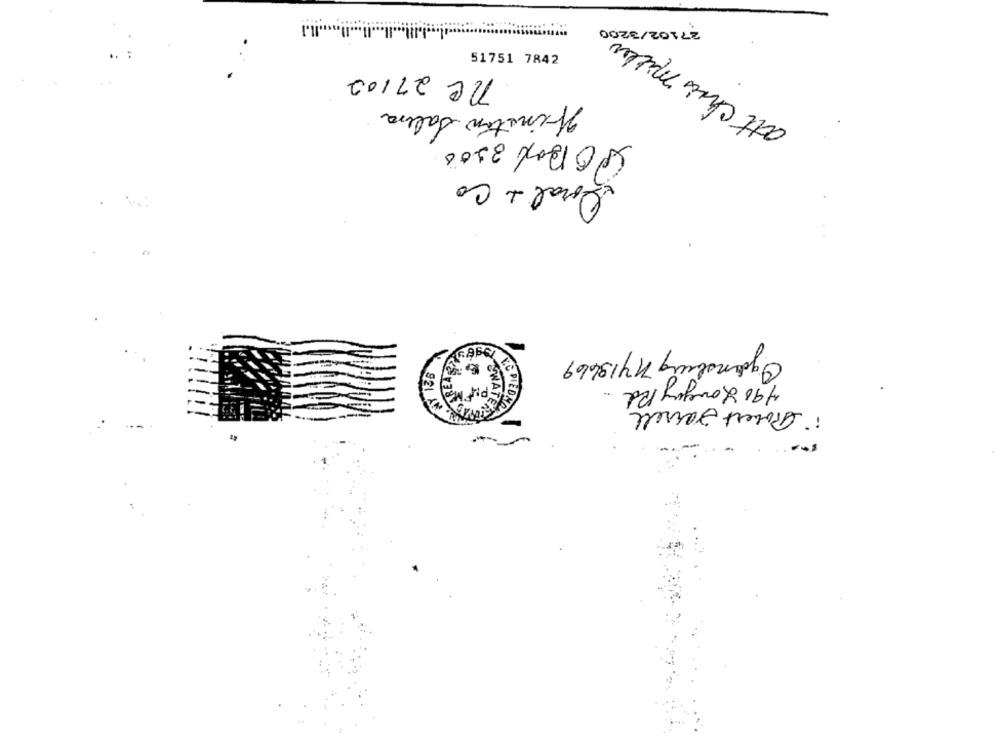
27102/3200
att chris miller
51751 7842
ne 27102
Minston Salena
SO Box 3200
Doral + Co
Ogdensburg 1413669
490 Loveguy Rd.
i Robert Jarrell